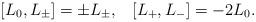
LaTeX: \begin{align*}[L_{0},L_{\pm}]=\pm L_{\pm},\;\;\; [L_{+},L_{-}]=-2L_{0}.\end{align*}